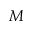
M